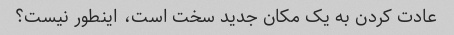
عادت کردن به یک مکان جدید سخت است، اینطور نیست؟